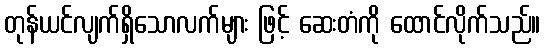
တုန်ယင်လျက်ရှိသောလက်များ ဖြင့် ဆေးတံကို ထောင်လိုက်သည်။